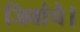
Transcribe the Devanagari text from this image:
जिवांचे।